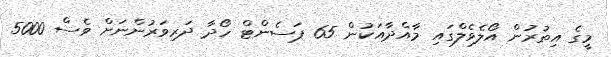
މީގެ އިތުރުން އޯލެވެލްގައި މާއްދާއަކުން 65 ޕަސެންޓް ހޯދާ ދަރިވަރުންނަށް ވެސް 5000